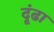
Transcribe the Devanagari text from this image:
दूंढा